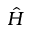
\hat { H }